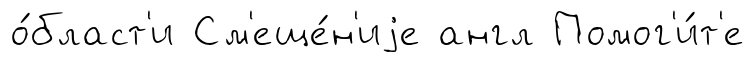
о́бласт'и См'еще́н'иjе англ Помог'и́т'е